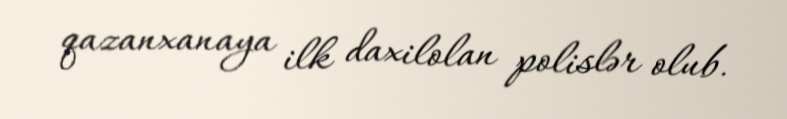
qazanxanaya ilk daxilolan polislər olub.